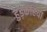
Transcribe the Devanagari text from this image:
हुड़कहिया